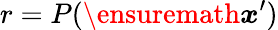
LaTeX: r=P(\ensuremath{\boldsymbol{x}}^{\prime})